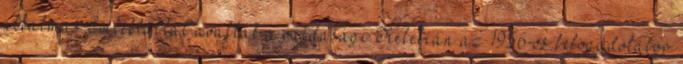
alkalmas Emléktáblát avattak a vajdasági Kelebián az 1956-os befogadótábor